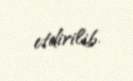
etdirilib.